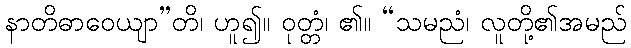
နာတိဓာဝေယျာ”တိ၊ ဟူ၍။ ဝုတ္တံ၊ ၏။ “သမညံ၊ လူတို့၏အမည်